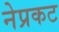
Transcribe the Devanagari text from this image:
नेप्रकट